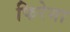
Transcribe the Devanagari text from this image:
फिरेगा